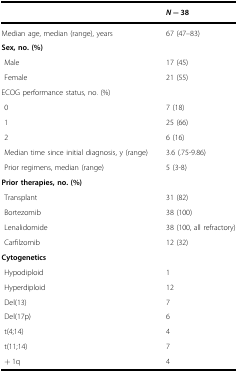
<table><thead><tr><td></td><td><b><i>N</i> = 38</b></td></tr></thead><tbody><tr><td>Median age, median (range), years</td><td>67 (47–83)</td></tr><tr><td colspan="2"><b>Sex, no. (%)</b></td></tr><tr><td> Male</td><td>17 (45)</td></tr><tr><td> Female</td><td>21 (55)</td></tr><tr><td colspan="2">ECOG performance status, no. (%)</td></tr><tr><td> 0</td><td>7 (18)</td></tr><tr><td> 1</td><td>25 (66)</td></tr><tr><td> 2</td><td>6 (16)</td></tr><tr><td> Median time since initial diagnosis, y (range)</td><td>3.6 (.75-9.86)</td></tr><tr><td> Prior regimens, median (range)</td><td>5 (3-8)</td></tr><tr><td colspan="2"><b>Prior therapies, no. (%)</b></td></tr><tr><td> Transplant</td><td>31 (82)</td></tr><tr><td> Bortezomib</td><td>38 (100)</td></tr><tr><td> Lenalidomide</td><td>38 (100, all refractory)</td></tr><tr><td> Carfilzomib</td><td>12 (32)</td></tr><tr><td colspan="2"><b>Cytogenetics</b></td></tr><tr><td> Hypodiploid</td><td>1</td></tr><tr><td> Hyperdiploid</td><td>12</td></tr><tr><td> Del(13)</td><td>7</td></tr><tr><td> Del(17p)</td><td>6</td></tr><tr><td> t(4;14)</td><td>4</td></tr><tr><td> t(11;14)</td><td>7</td></tr><tr><td> + 1q</td><td>4</td></tr></tbody></table>